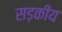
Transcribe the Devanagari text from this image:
सड़कीय